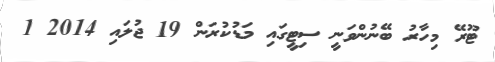
ޓޫރޭ މިހާރު ބޭނުންވަނީ ސިޓީގައި މަޑުކުރަން 19 ޖުލައި 2014 1